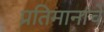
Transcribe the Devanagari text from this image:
प्रतिमानांचे